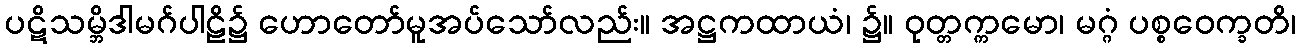
ပဋိသမ္ဘိဒါမဂ်ပါဠိ၌ ဟောတော်မူအပ်သော်လည်း။ အဋ္ဌကထာယံ၊ ၌။ ဝုတ္တက္ကမော၊ မဂ္ဂံ ပစ္စဝေက္ခတိ၊